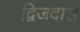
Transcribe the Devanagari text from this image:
द्विजदास